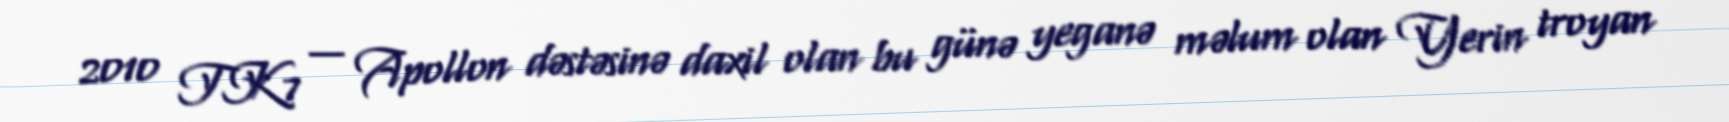
2010 TK7 — Apollon dəstəsinə daxil olan bu günə yeganə məlum olan Yerin troyan